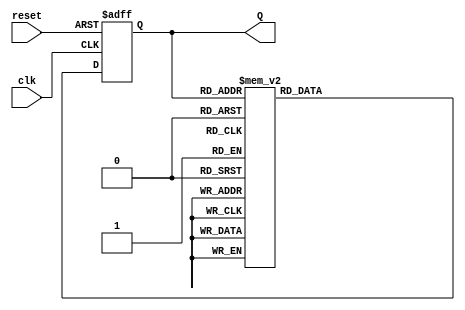
module decade_asynchronous_counter (
    input wire clk,       // Clock input
    input wire reset,     // Asynchronous reset input
    output reg [3:0] Q    // 4-bit output representing the current count state
);

// Internal signals for flip-flop toggling
wire [3:0] T; // Toggle signals for T flip-flops

// Asynchronous reset logic
always @(posedge clk or posedge reset) begin
    if (reset) begin
        Q <= 4'b0000; // Reset counter to 0000
    end else begin
        case (Q)
            4'b0000: Q <= 4'b0001; // Count to 1
            4'b0001: Q <= 4'b0010; // Count to 2
            4'b0010: Q <= 4'b0011; // Count to 3
            4'b0011: Q <= 4'b0100; // Count to 4
            4'b0100: Q <= 4'b0101; // Count to 5
            4'b0101: Q <= 4'b0110; // Count to 6
            4'b0110: Q <= 4'b0111; // Count to 7
            4'b0111: Q <= 4'b1000; // Count to 8
            4'b1000: Q <= 4'b1001; // Count to 9
            4'b1001: Q <= 4'b0000; // Reset to 0 after counting to 9
            default: Q <= 4'b0000; // Default case (should not happen)
        endcase
    end
end

endmodule